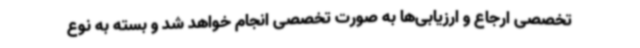
تخصصی ارجاع و ارزیابی‌ها به صورت تخصصی انجام خواهد شد و بسته به نوع